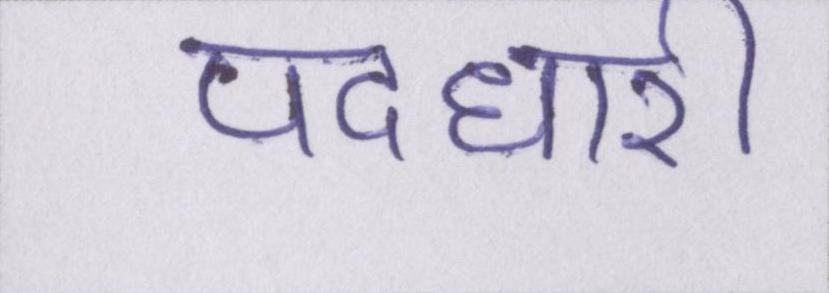
पदधारी